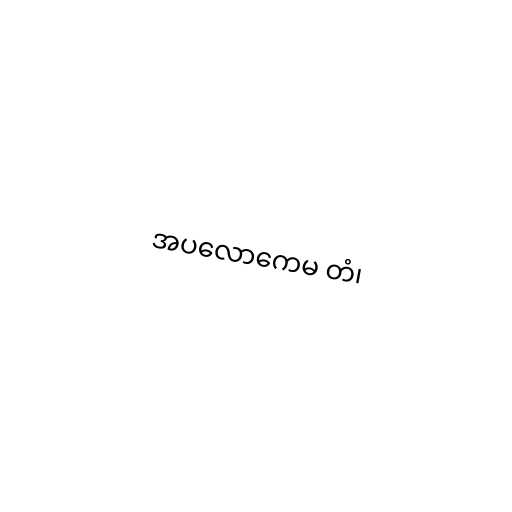
အပလောကေမ တံ၊